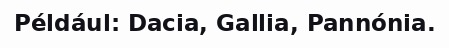
Például: Dacia, Gallia, Pannónia.